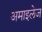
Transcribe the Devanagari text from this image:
अमाइलेज